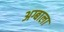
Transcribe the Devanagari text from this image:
अग्बाला